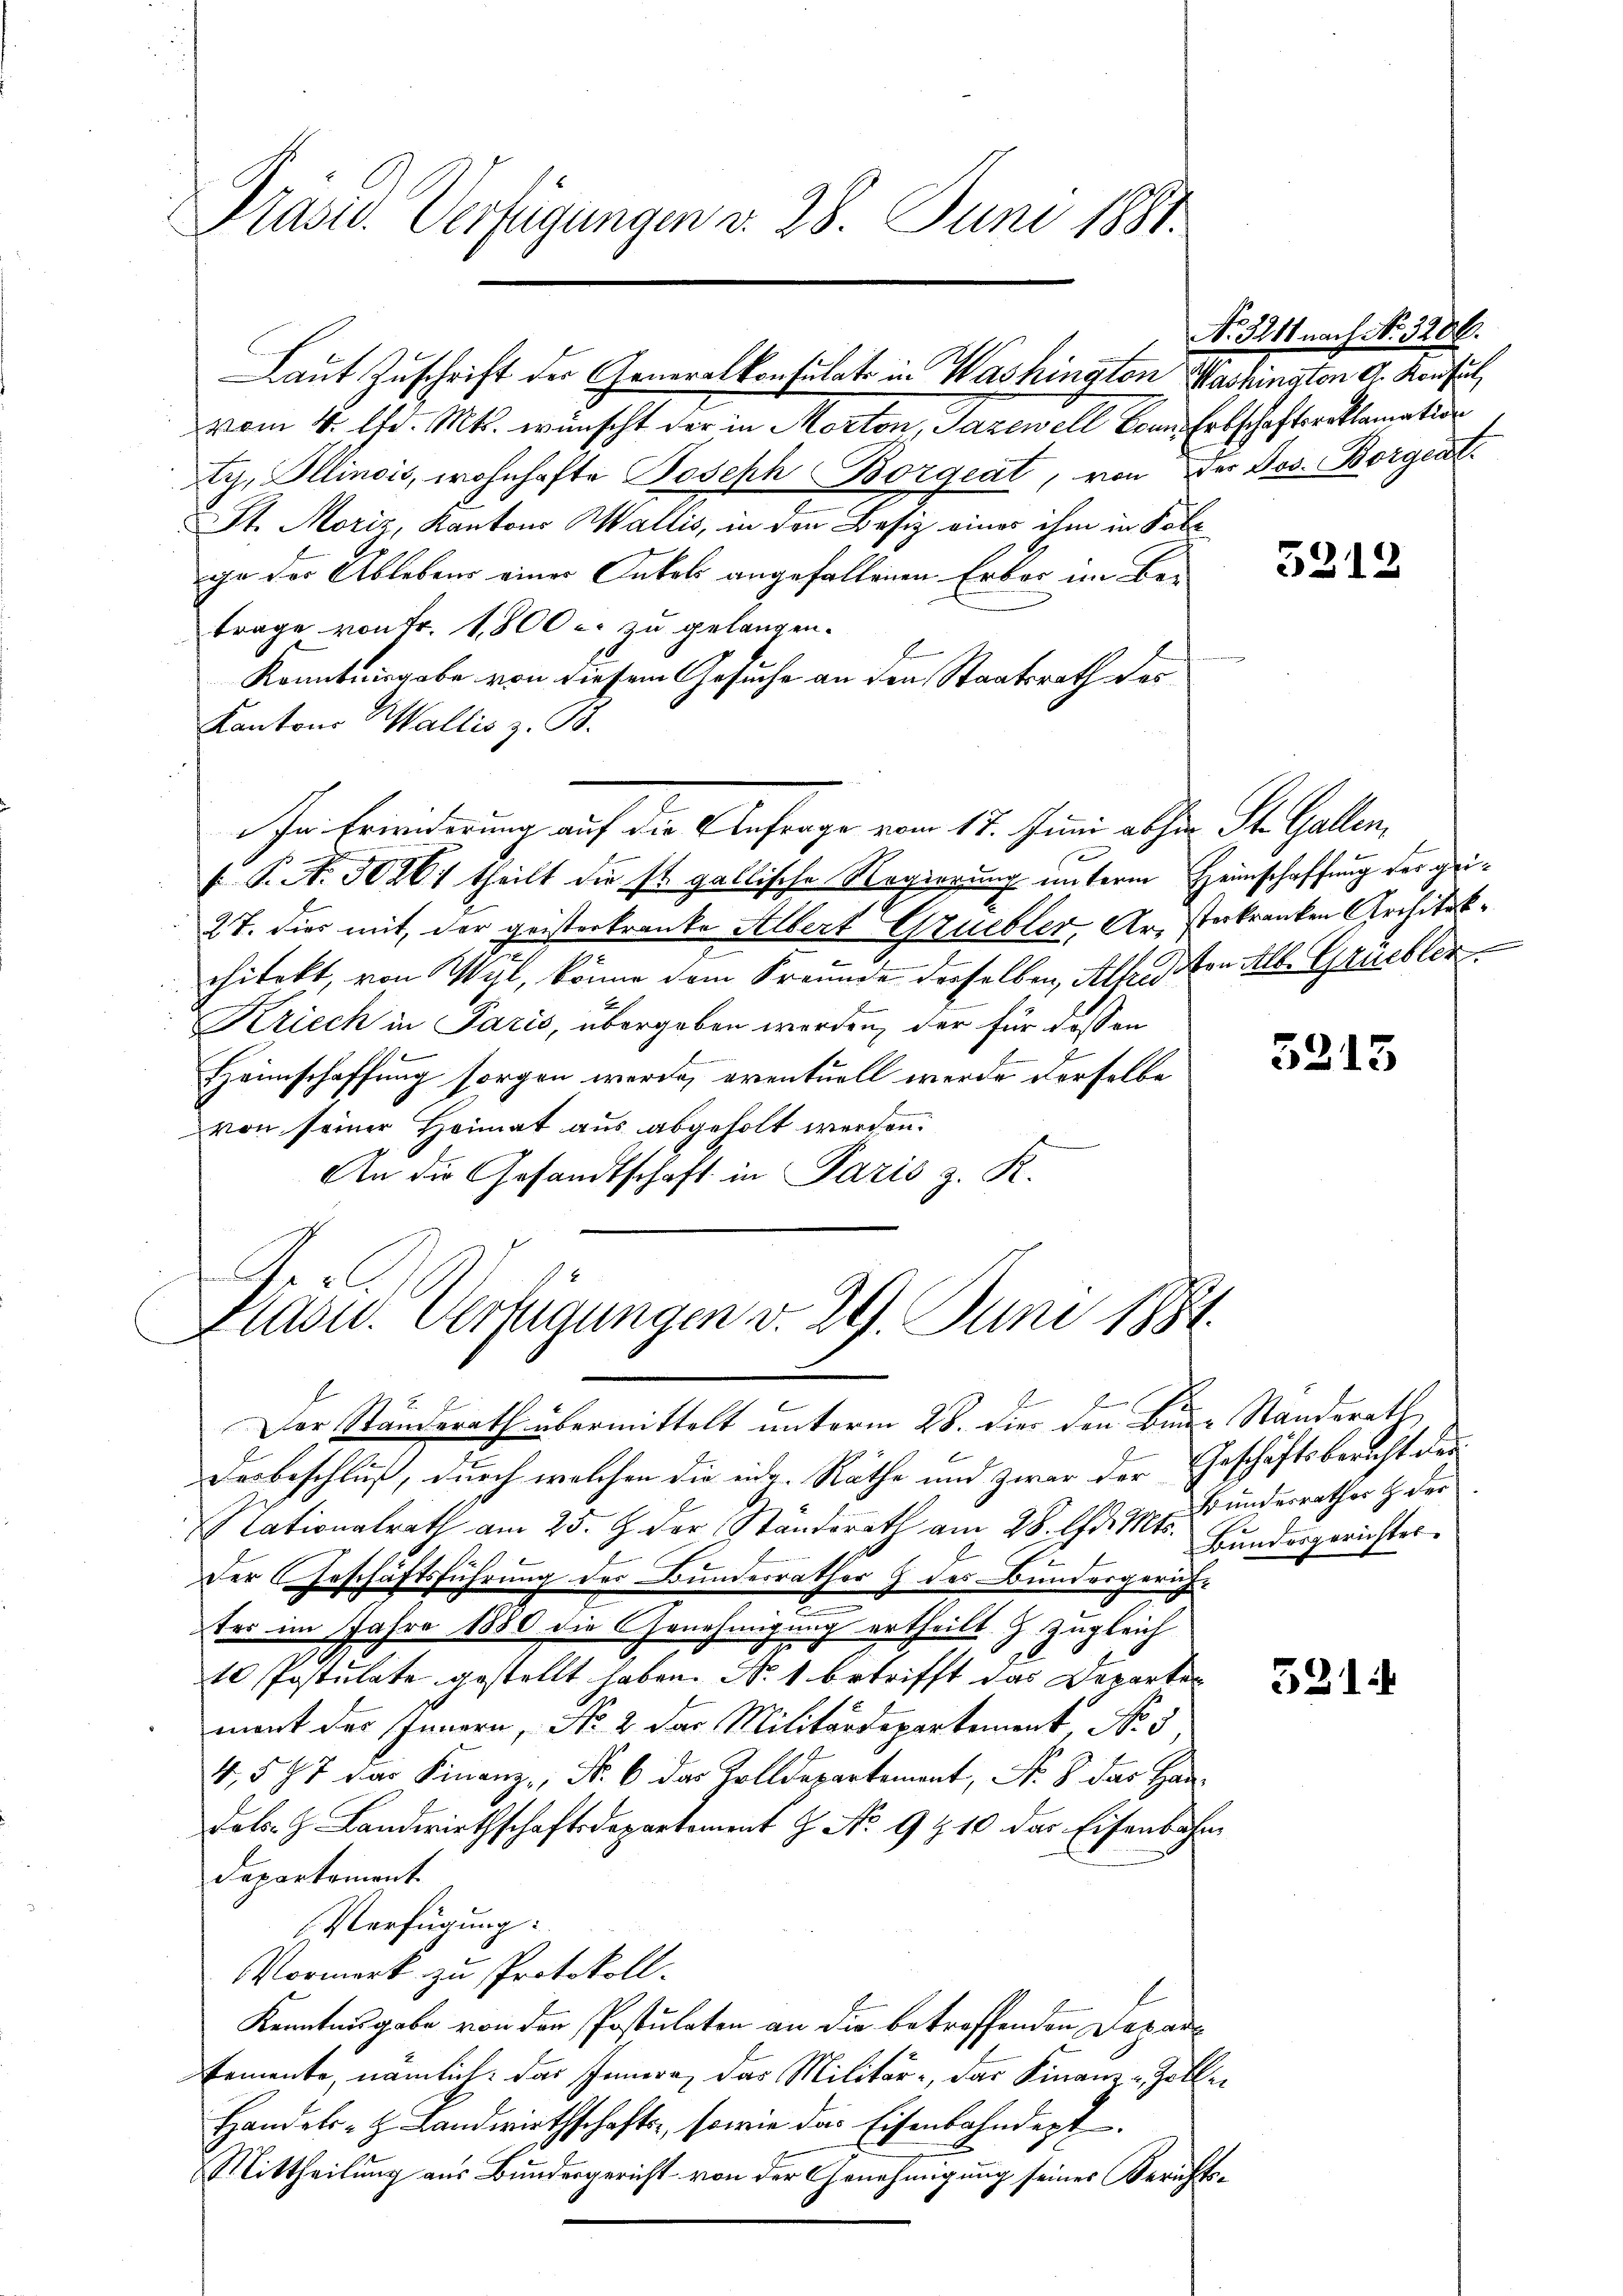
Präsid. Verfügungen v. 28. Juni 1881.

vom 4. Chr. Mts. wünscht der in Merton, Gazewell kann Erbschaftsroklamation
y, Ollinois, wohnhafte Joseph Borgeat, von der Jos. Borgent
St. Moriz, Kantons Wallis, in den Besiz eines ihm in Folle
ge der Ablebens einer Onkels angefallenen Erker im Betrage von Fr. 1800 c. zu gelangen.
Konntnisgabe von diesem Gesuche an den Staatsrath des
Kantons Wallis z. B.
In Erwiderung auf die Anfrage vom 17. Juni abhin St. Gallen,
 P. N. 50261 theilt die st. gallische Regierung unterm Heimschaffung der gei¬
27. dies mit, der geisterkranke Albert Gruebler, Ar- Verkranken Architekchitekt, von Wyl, könne dem Freunde derselben, Alfred von Alb. Grüchter
Kriech in Paris, übergeben worden, der für dessen
Heimschaffung sorgen werde, eventuell werde derselbe
von seiner Heimat aus abgeholt werden.
An die Gesandtschaft in Paris z. R.
Perl.

Laut Zuschrift der Generalkonsulat in Washington Washingten d. Konsul,

Präsid. Verfügungen v. 29. Juni 1884.

Der Standerath übermittelt unterm 28. dies den Binz Standerath
Derbeschluß, durch welchen die eidg. Räthe und zwar der Geschäftsbericht der
Nationalrath am 25. J. der Standerath am 28. Chr. 1101. Bunderrathes H. der
der Geschäftsführung des Bundesrather 9 des Bundergericht
fer im Jahre 1880 die Genehmigung ertheilt & Zugleich
10 Postulate gestellt haben. N. 1 betrifft das Departen
mont des Innern, No. 2 des Militärdepartement, No 5.
4,577 der Finanz-, Nr. 6 das Zolldepartement, No. 8. das Han
Dols. z. Landwirthschaftsdepartement 9 No 910 das Eisenbahn
Departement
Verfügung.
Vormerk zu Protokoll.
Kenntnisgabe von der Postulaten an die betreffenden Depar¬
Eemente, nämlich, das Innern, das Militär- der Finanz-Zollen
Handels- & Landwirthschafte, sowie das Eisenbahndept.
Mittheilung aus Bundesgericht von der Genehmigung seiner Berichts¬

No 3211 nach No. 3200.

3212

3215

Bundesgerichtes

521